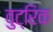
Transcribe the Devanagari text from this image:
वुट्रिक